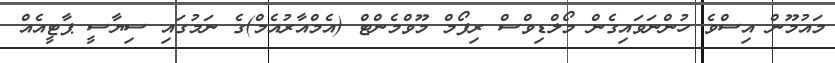
މައުމޫން އިސްވެ ހުންނަވައިގެން މޯލްޑިވްސް ރިފޯމް މޫވްމެންޓް (އެމްއާރުއެމް)ގެ ނަމުގައި ސިޔާސީ ޕާޓީއެއް